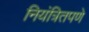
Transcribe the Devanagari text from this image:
नियंत्रितपणे